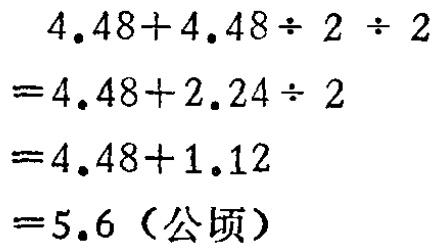
\[
\begin{align*}
&4.48 + 4.48\div2\div2\\
=&4.48 + 2.24\div2\\
=&4.48 + 1.12\\
=&5.6 \text{（公顷）}
\end{align*}
\]